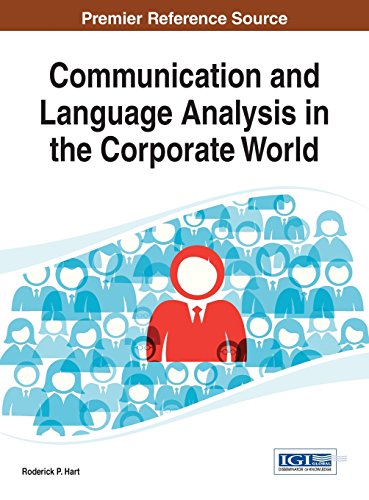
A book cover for Communication and Language Analysis in the Corporate World (Advancesin Linguistics and Communiaction Studies (Alcs)); Roderick P. Hart; Business & Money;